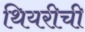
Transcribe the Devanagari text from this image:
थियरीची